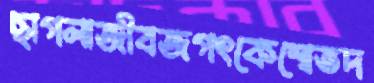
ছাগলাজীবজগৎকেশ্বেতদ